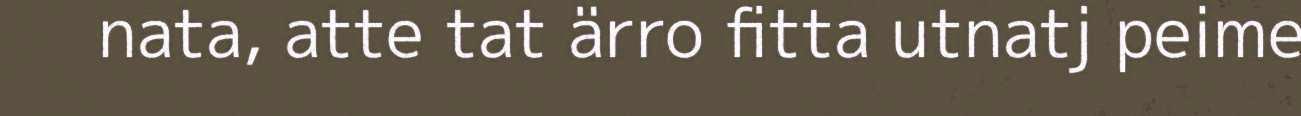
nata, atte tat ärro fitta utnatj peime